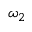
\omega _ { 2 }